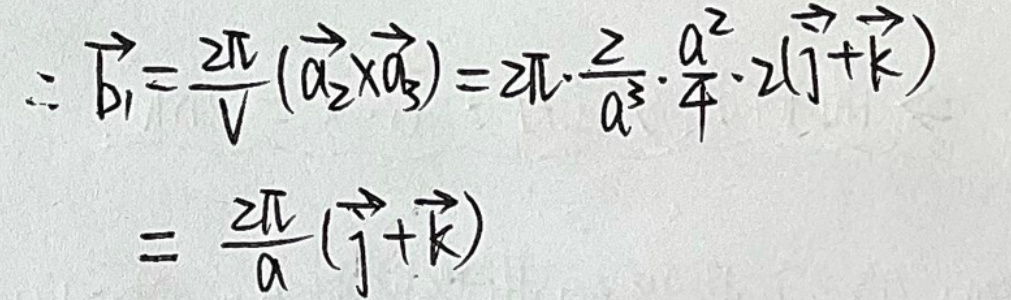
\(\therefore \vec{b_1} = \frac{2\pi}{V}(\vec{a_2} \times \vec{a_3}) = 2\pi \cdot \frac{2}{a^3} \cdot \frac{a^2}{4} \cdot 2(\vec{j} + \vec{k})\\
= \frac{2\pi}{a}(\vec{j} + \vec{k})\)